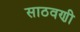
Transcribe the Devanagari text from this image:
साठवणी